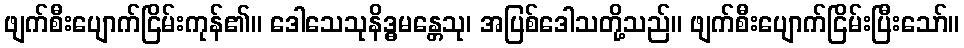
ဖျက်စီးပျောက်ငြိမ်းကုန်၏။ ဒေါသေသုနိဒ္ဓမန္တေသု၊ အပြစ်ဒေါသတို့သည်။ ဖျက်စီးပျောက်ငြိမ်းပြီးသော်။